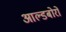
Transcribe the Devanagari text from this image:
आल्डबोरो